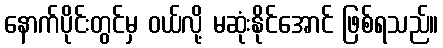
နောက်ပိုင်းတွင်မှ ဝယ်လို့ မဆုံးနိုင်အောင် ဖြစ်ရသည်။